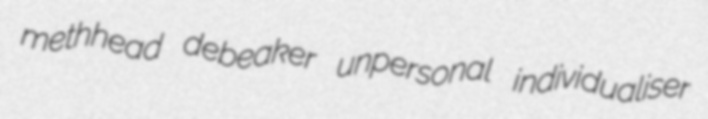
methhead debeaker unpersonal individualiser